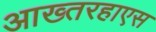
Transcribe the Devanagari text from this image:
आख्तरहाएस